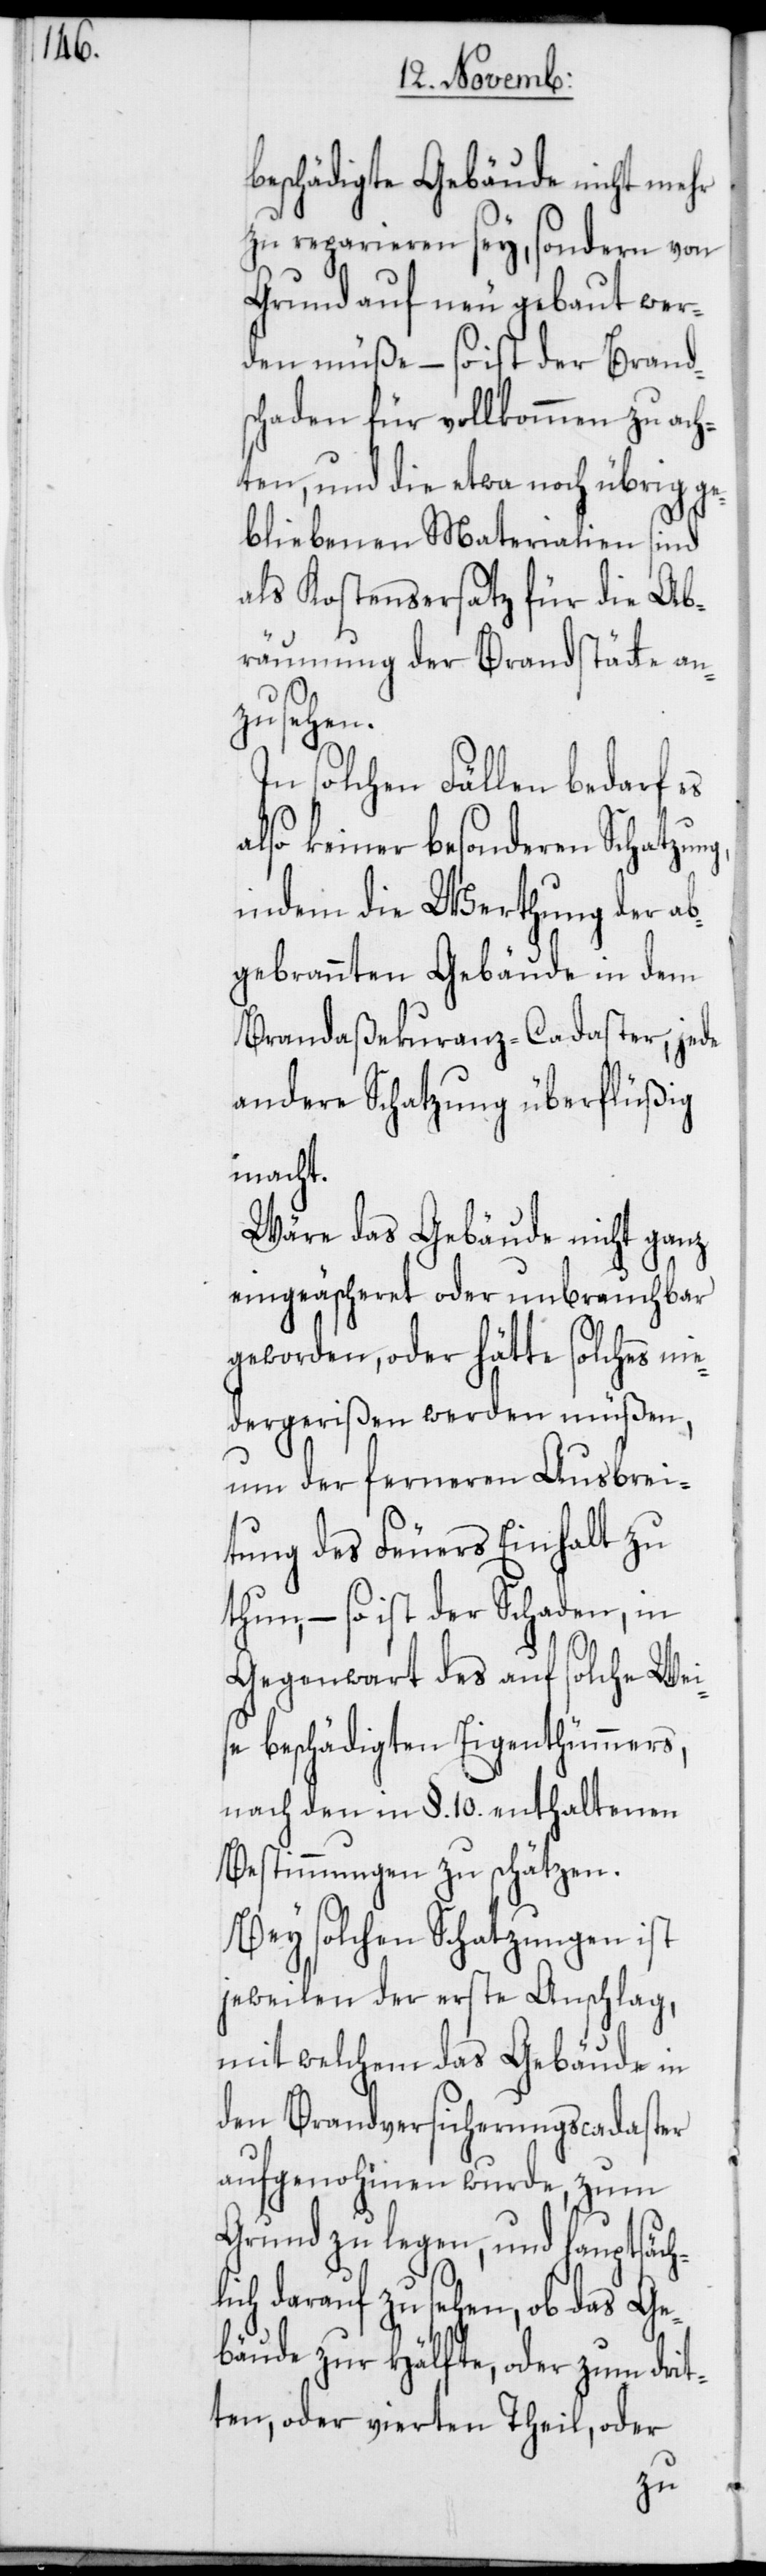
beschädigte Gebäude nicht mehr
zu reparieren sey, sondern von
Grund auf neu gebaut wer¬
den müße, – so ist der Brand¬
schaden für vollkommen zu ach¬
ten, und die etwa noch übrig ge¬
bliebenen Materialien sind
als Kostensersatz für die Ab¬
räumung der Brandstätte an¬
zusehen.
In solchen Fällen bedarf es
also keiner besonderen Schatzun¬
indem die Werthung der ab¬
gebrannten Gebäude in dem
Brandaßecuranz-Cadaster, jede
andere Schatzung überflüßig
macht.
Wäre das Gebäude nicht ganz
eingeäscheret oder unbrauchbar
geworden, oder hätte solches nie¬
dergerißen werden müßen,
um der ferneren Ausbrei¬
tung des Feuers Einhalt zu
thun, – so ist der Schaden, in
Gegenwart des auf solche Wei¬
se beschädigten Eigenthümmers,
nach den in §. 10. enthaltenen
Bestimmungen zu schätzen.
Bey solchen Schatzungen ist
jeweilen der erste Anschlag,
mit welchem das Gebäude in
den Brandversicherungscadaster
aufgenohmen wurde, zum
Grund zu legen, und hauptsächl¬
ich darauf zu sehen, ob das Ge¬
bäude zur Hälfte, oder zum drit¬
ten, oder vierten Theil, oder
g,